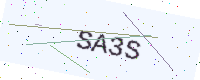
Text: SA3S